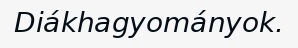
Diákhagyományok.